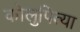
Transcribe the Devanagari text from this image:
कोलुपित्या